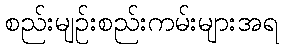
စည်းမျဉ်းစည်းကမ်းများအရ